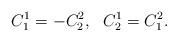
LaTeX: \begin{align*}C^{1}_1=-C^{2}_2,~~C^{1}_2=C^{2}_1.\end{align*}